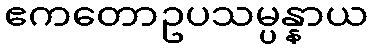
ဧကတောဥပသမ္ပန္နာယ